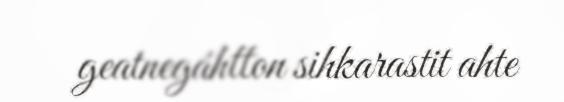
geatnegáhtton sihkarastit ahte